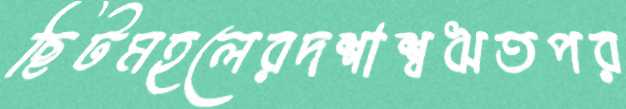
ছিটমহলেরদশাশ্বঋতপর